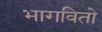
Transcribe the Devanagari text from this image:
भागवितो